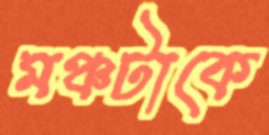
মঞ্চটাকে